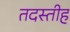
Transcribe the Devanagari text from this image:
तदस्तीह